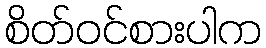
စိတ်ဝင်စားပါက